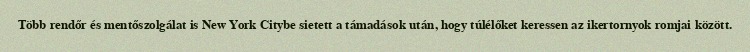
Több rendőr és mentőszolgálat is New York Citybe sietett a támadások után, hogy túlélőket keressen az ikertornyok romjai között.